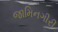
જામિનગીરી